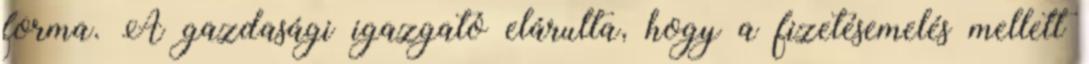
forma. A gazdasági igazgató elárulta, hogy a fizetésemelés mellett